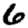
Digit: 6